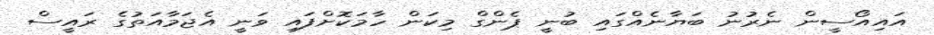
އައިއޯސީން ނެރުނު ބަޔާނެއްގައި ބުނީ ޕެންގް މިކަން ހާމަކޮށްފައި ވަނީ އެޖަމާއަތުގެ ރައީސް